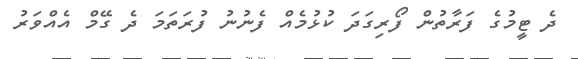
ދެ ޓީމުގެ ފަރާތުން ފޯރިގަދަ ކުޅުމެއް ފެނުނު ފުރަތަމަ ދެ ގޭމް އެއްވަރު